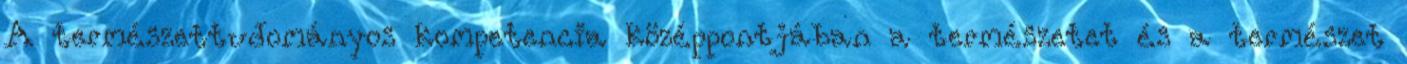
A természettudományos kompetencia középpontjában a természetet és a természet